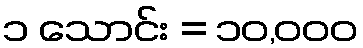
၁ သောင်း = ၁၀,၀၀၀